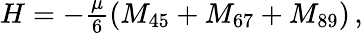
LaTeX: H=-\textstyle{\frac{\mu}{6}}(M_{45}+M_{67}+M_{89})\, ,